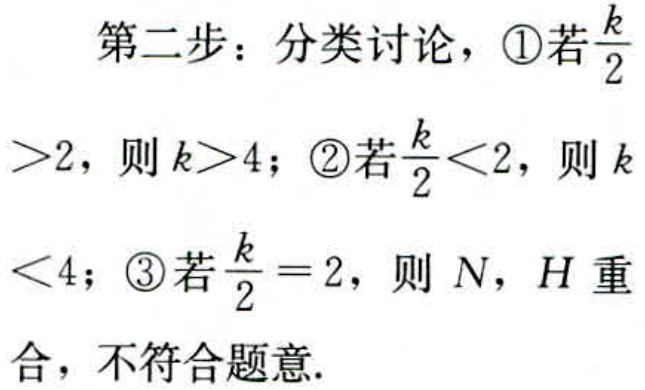
第二步：分类讨论，\textcircled{1}若$\frac{k}{2}>2$，则$k>4$；\textcircled{2}若$\frac{k}{2}<2$，则$k<4$；\textcircled{3}若$\frac{k}{2}=2$，则$N$，$H$重合，不符合题意.